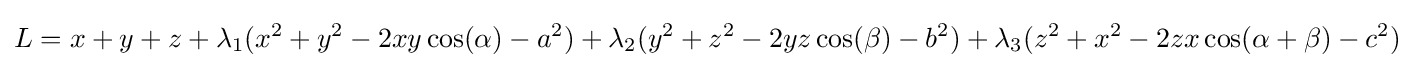
L=x+y+z+\lambda _{1}(x^{2}+y^{2}-2xy\cos(\alpha )-a^{2})+\lambda _{2}(y^{2}+z^{2}-2yz\cos(\beta )-b^{2})+\lambda _{3}(z^{2}+x^{2}-2zx\cos(\alpha +\beta )-c^{2})